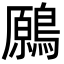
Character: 𪄁